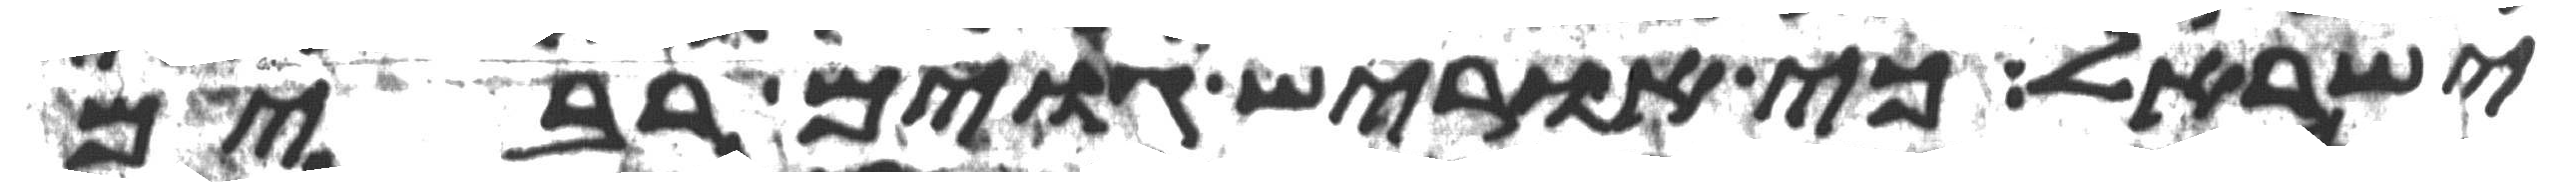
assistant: ישראל כי אוריש גוים רבים